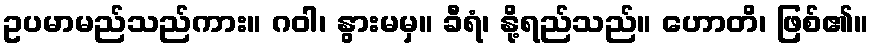
ဥပမာမည်သည်ကား။ ဂဝါ၊ နွားမမှ။ ခီရံ၊ နို့ရည်သည်။ ဟောတိ၊ ဖြစ်၏။